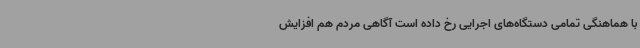
با هماهنگی تمامی دستگاه‌های اجرایی رخ داده است آگاهی مردم هم افزایش